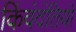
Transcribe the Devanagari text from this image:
किंवंदंतियों